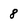
Character: 8